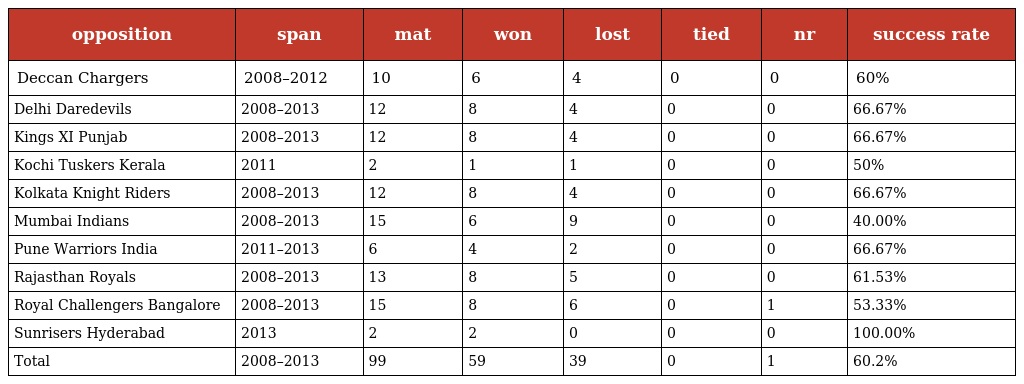
| opposition | span | mat | won | lost | tied | nr | success rate |
 | --- | --- | --- | --- | --- | --- | --- | --- |
 | Deccan Chargers | 2008–2012 | 10 | 6 | 4 | 0 | 0 | 60% |
 | Delhi Daredevils | 2008–2013 | 12 | 8 | 4 | 0 | 0 | 66.67% |
 | Kings XI Punjab | 2008–2013 | 12 | 8 | 4 | 0 | 0 | 66.67% |
 | Kochi Tuskers Kerala | 2011 | 2 | 1 | 1 | 0 | 0 | 50% |
 | Kolkata Knight Riders | 2008–2013 | 12 | 8 | 4 | 0 | 0 | 66.67% |
 | Mumbai Indians | 2008–2013 | 15 | 6 | 9 | 0 | 0 | 40.00% |
 | Pune Warriors India | 2011–2013 | 6 | 4 | 2 | 0 | 0 | 66.67% |
 | Rajasthan Royals | 2008–2013 | 13 | 8 | 5 | 0 | 0 | 61.53% |
 | Royal Challengers Bangalore | 2008–2013 | 15 | 8 | 6 | 0 | 1 | 53.33% |
 | Sunrisers Hyderabad | 2013 | 2 | 2 | 0 | 0 | 0 | 100.00% |
 | Total | 2008–2013 | 99 | 59 | 39 | 0 | 1 | 60.2% |